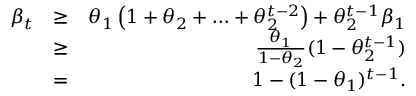
\begin{array} { r l r } { \beta _ { t } } & { \geq } & { \theta _ { 1 } \left( 1 + \theta _ { 2 } + \ldots + \theta _ { 2 } ^ { t - 2 } \right) + \theta _ { 2 } ^ { t - 1 } \beta _ { 1 } } \\ & { \geq } & { \frac { \theta _ { 1 } } { 1 - \theta _ { 2 } } ( 1 - \theta _ { 2 } ^ { t - 1 } ) } \\ & { = } & { 1 - ( 1 - \theta _ { 1 } ) ^ { t - 1 } . } \end{array}